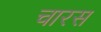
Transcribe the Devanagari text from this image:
चारस